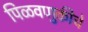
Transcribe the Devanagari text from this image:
पिळवणुकीचे